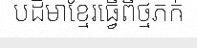
បដិមាខ្មែរធ្វើពីថ្មភក់